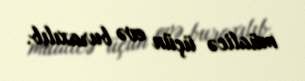
müalicə üçün evə buraxılıb.